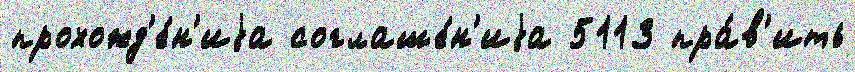
прохожд'е́н'иjа соглаше́н'иjа 5113 пра́в'ить